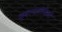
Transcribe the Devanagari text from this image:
श्वानमौजियों